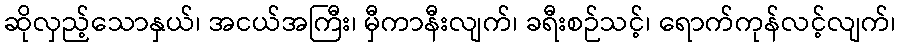
ဆိုလှည့်သောနှယ်၊ အငယ်အကြီး၊ မှီကာနီးလျက်၊ ခရီးစဉ်သင့်၊ ရောက်ကုန်လင့်လျက်၊